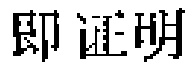
即证明